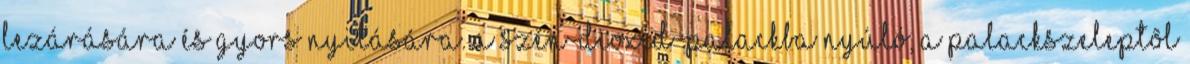
lezárására és gyors nyitására. A szén-dioxid-palackba nyúló, a palackszeleptõl